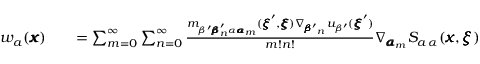
\begin{array} { r l r } { w _ { a } ( { \pmb x } ) } & { { } } & { = \sum _ { m = 0 } ^ { \infty } \sum _ { n = 0 } ^ { \infty } \frac { m _ { \beta ^ { \prime } { \pmb \beta } _ { n } ^ { \prime } \alpha { \pmb \alpha } _ { m } } ( { \pmb \xi } ^ { \prime } , { \pmb \xi } ) \nabla _ { { \pmb \beta ^ { \prime } } _ { n } } u _ { \beta ^ { \prime } } ( { \pmb \xi } ^ { \prime } ) } { m ! n ! } \nabla _ { { \pmb \alpha } _ { m } } S _ { a \, \alpha } ( { \pmb x } , { \pmb \xi } ) } \end{array}